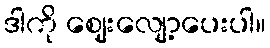
ဒါကို ဈေးလျော့ပေးပါ။